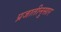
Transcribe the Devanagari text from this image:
प्रजातीनुसार